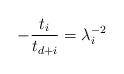
LaTeX: \begin{align*}- {t_{i}\over t_{d+i}} = \lambda_{i}^{-2}\end{align*}